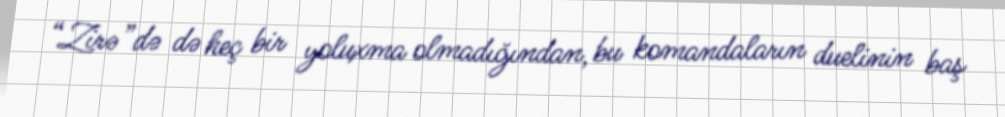
“Zirə”də də heç bir yoluxma olmadığından, bu komandaların duelinin baş